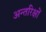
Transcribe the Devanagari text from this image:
अन्तरिक्षों